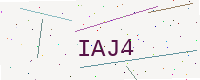
Text: IAJ4